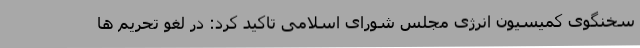
سخنگوی کمیسیون انرژی مجلس شورای اسلامی تاکید کرد: در لغو تحریم ها